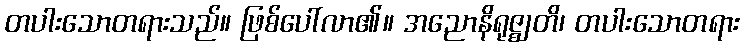
တပါးသောတရားသည်။ ဖြစ်ပေါ်လာ၏။ အညောနိရုဇ္ဈတိ၊ တပါးသောတရား